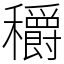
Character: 穱